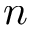
\boldsymbol { n }